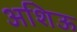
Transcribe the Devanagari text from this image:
अशिऊ